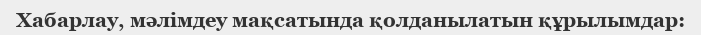
Хабарлау, мәлімдеу мақсатында қолданылатын құрылымдар: